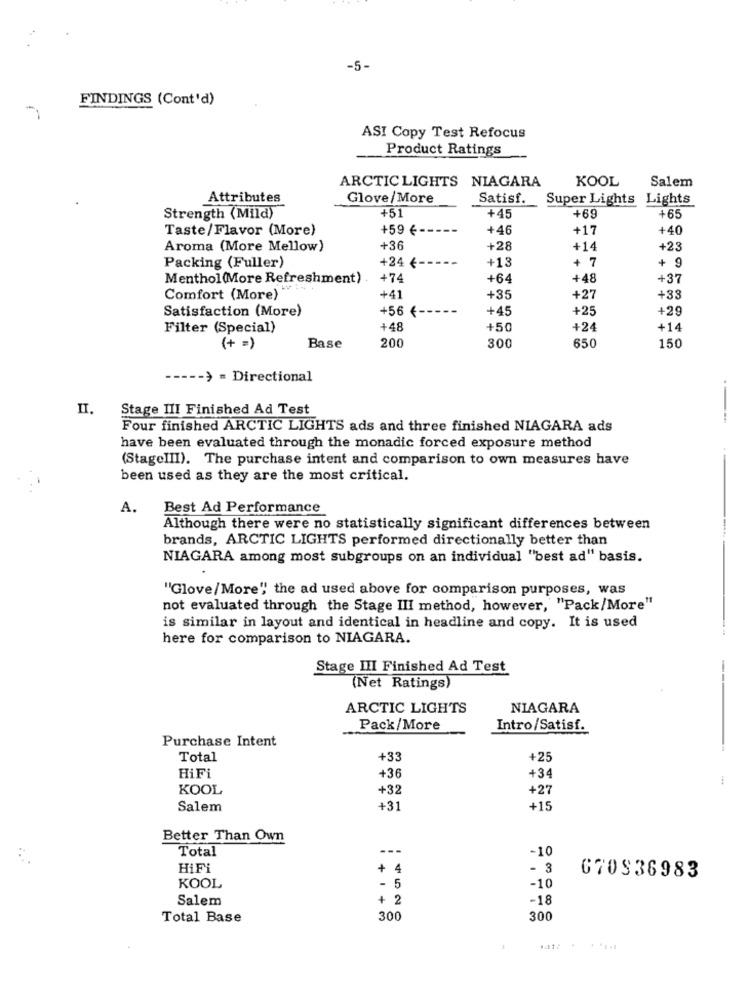
-5-
FINDINGS (Cont'd)
ASI Copy Test Refocus
Product Ratings
ARCTIC LIGHTS NIAGARA
KOOL
Salem
Attributes
Glove/More
Satisf. Super Lights Lights
+51
Strength (Mild)
+45
+69
+65
Taste/Flavor (More)
+59 € -
+46
+17
+40
Aroma (More Mellow)
+36
+28
+14
+23
+24 <-
+13
+ 7
+ 9
Packing (Fuller)
Menthol(More Refreshment)
+74
+64
+48
+37
Comfort (More)
+41
+35
+27
+33
Satisfaction (More)
+45
+25
+29
+56 €-
Filter (Special)
+48
+50
+24
+14
Base
(+ =)
200
300
650
150
----- > = Directional
II.
Stage III Finished Ad Test
Four finished ARCTIC LIGHTS ads and three finished NIAGARA ads
have been evaluated through the monadic forced exposure method
(StageIII). The purchase intent and comparison to own measures have
been used as they are the most critical.
A.
Best Ad Performance
Although there were no statistically significant differences between
brands, ARCTIC LIGHTS performed directionally better than
NIAGARA among most subgroups on an individual "best ad" basis.
"Glove/More", the ad used above for comparison purposes, was
not evaluated through the Stage III method, however, "Pack/More"
is similar in layout and identical in headline and copy. It is used
here for comparison to NIAGARA.
Stage III Finished Ad Test
(Net Ratings)
---
ARCTIC LIGHTS
NIAGARA
Pack/More
Intro/Satisf.
Purchase Intent
Total
+33
+25
HiFi
+36
+34
KOOL
+32
+27
Salem
+31
+15
Better Than Own
Total
---
-10
HiFİ
+ 4
- 3
-10
670S36983
KOOL
- 5
Salem
+ 2
-18
Total Base
300
300